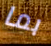
بما